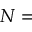
N =